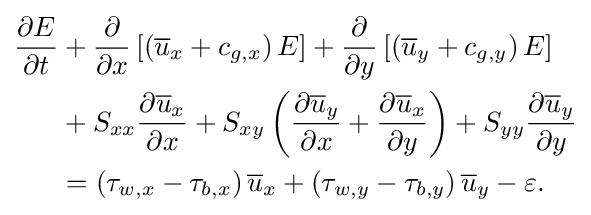
{\begin{aligned}{\frac {\partial E}{\partial t}}&+{\frac {\partial }{\partial x}}\left[\left({\overline {u}}_{x}+c_{g,x}\right)E\right]+{\frac {\partial }{\partial y}}\left[\left({\overline {u}}_{y}+c_{g,y}\right)E\right]\\&+S_{xx}{\frac {\partial {\overline {u}}_{x}}{\partial x}}+S_{xy}\left({\frac {\partial {\overline {u}}_{y}}{\partial x}}+{\frac {\partial {\overline {u}}_{x}}{\partial y}}\right)+S_{yy}{\frac {\partial {\overline {u}}_{y}}{\partial y}}\\&=\left(\tau _{w,x}-\tau _{b,x}\right){\overline {u}}_{x}+\left(\tau _{w,y}-\tau _{b,y}\right){\overline {u}}_{y}-\varepsilon .\end{aligned}}